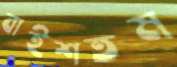
বাইশতম